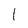
Character: 1